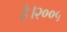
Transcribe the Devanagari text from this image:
है।२००५